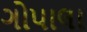
ગોપાલા